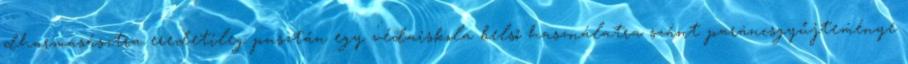
dharmasásztra eredetileg pusztán egy védaiskola belső használatra szánt parancsgyűjteménye